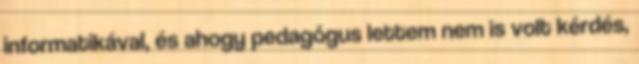
informatikával, és ahogy pedagógus lettem nem is volt kérdés,